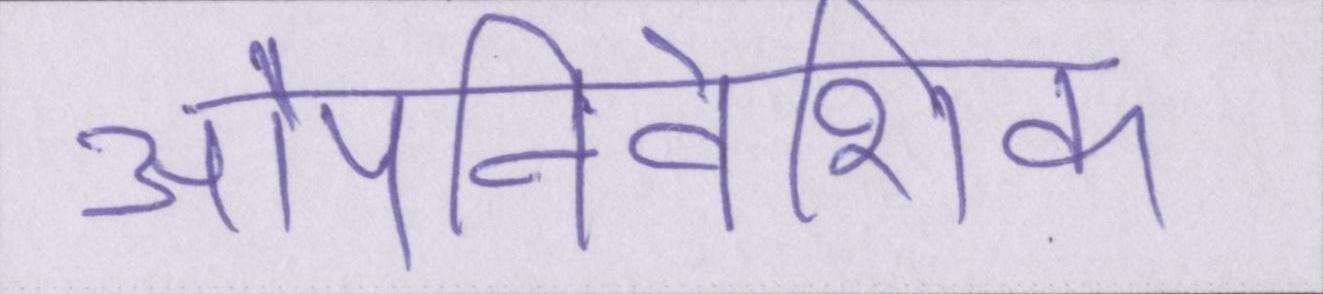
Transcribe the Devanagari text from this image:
औपनिवेशिक